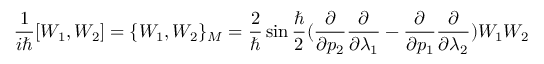
\frac { 1 } { i \hbar } [ W _ { 1 } , W _ { 2 } ] = \{ W _ { 1 } , W _ { 2 } \} _ { M } = \frac { 2 } { \hbar } \sin \frac { \hbar } { 2 } ( \frac { \partial } { \partial p _ { 2 } } \frac { \partial } { \partial \lambda _ { 1 } } - \frac { \partial } { \partial p _ { 1 } } \frac { \partial } { \partial \lambda _ { 2 } } ) W _ { 1 } W _ { 2 }